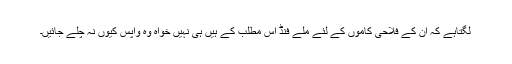
لگتاہے کہ ان کے فلاحی کاموں کے لئے ملے فنڈ اس مطلب کے ہیں ہی نہیں خواہ وہ واپس کیوں نہ چلے جائیں۔